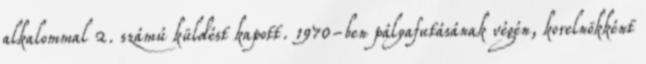
alkalommal 2. számú küldést kapott. 1970-ben pályafutásának végén, korelnökként